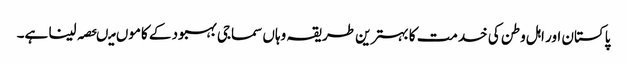
پاکستان اور اہل وطن کی خدمت کا بہترین طریقہ وہاں سماجی بہبود کے کاموں میںحصہ لینا ہے۔